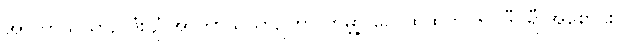
အာကာသယာဉ် ဒုံးပျံ အာကာသယာဉ်ဟာ ကမ္ဘာ့ လေထုထဲကို ၆၀ ဒီဂရီ အစောင်း